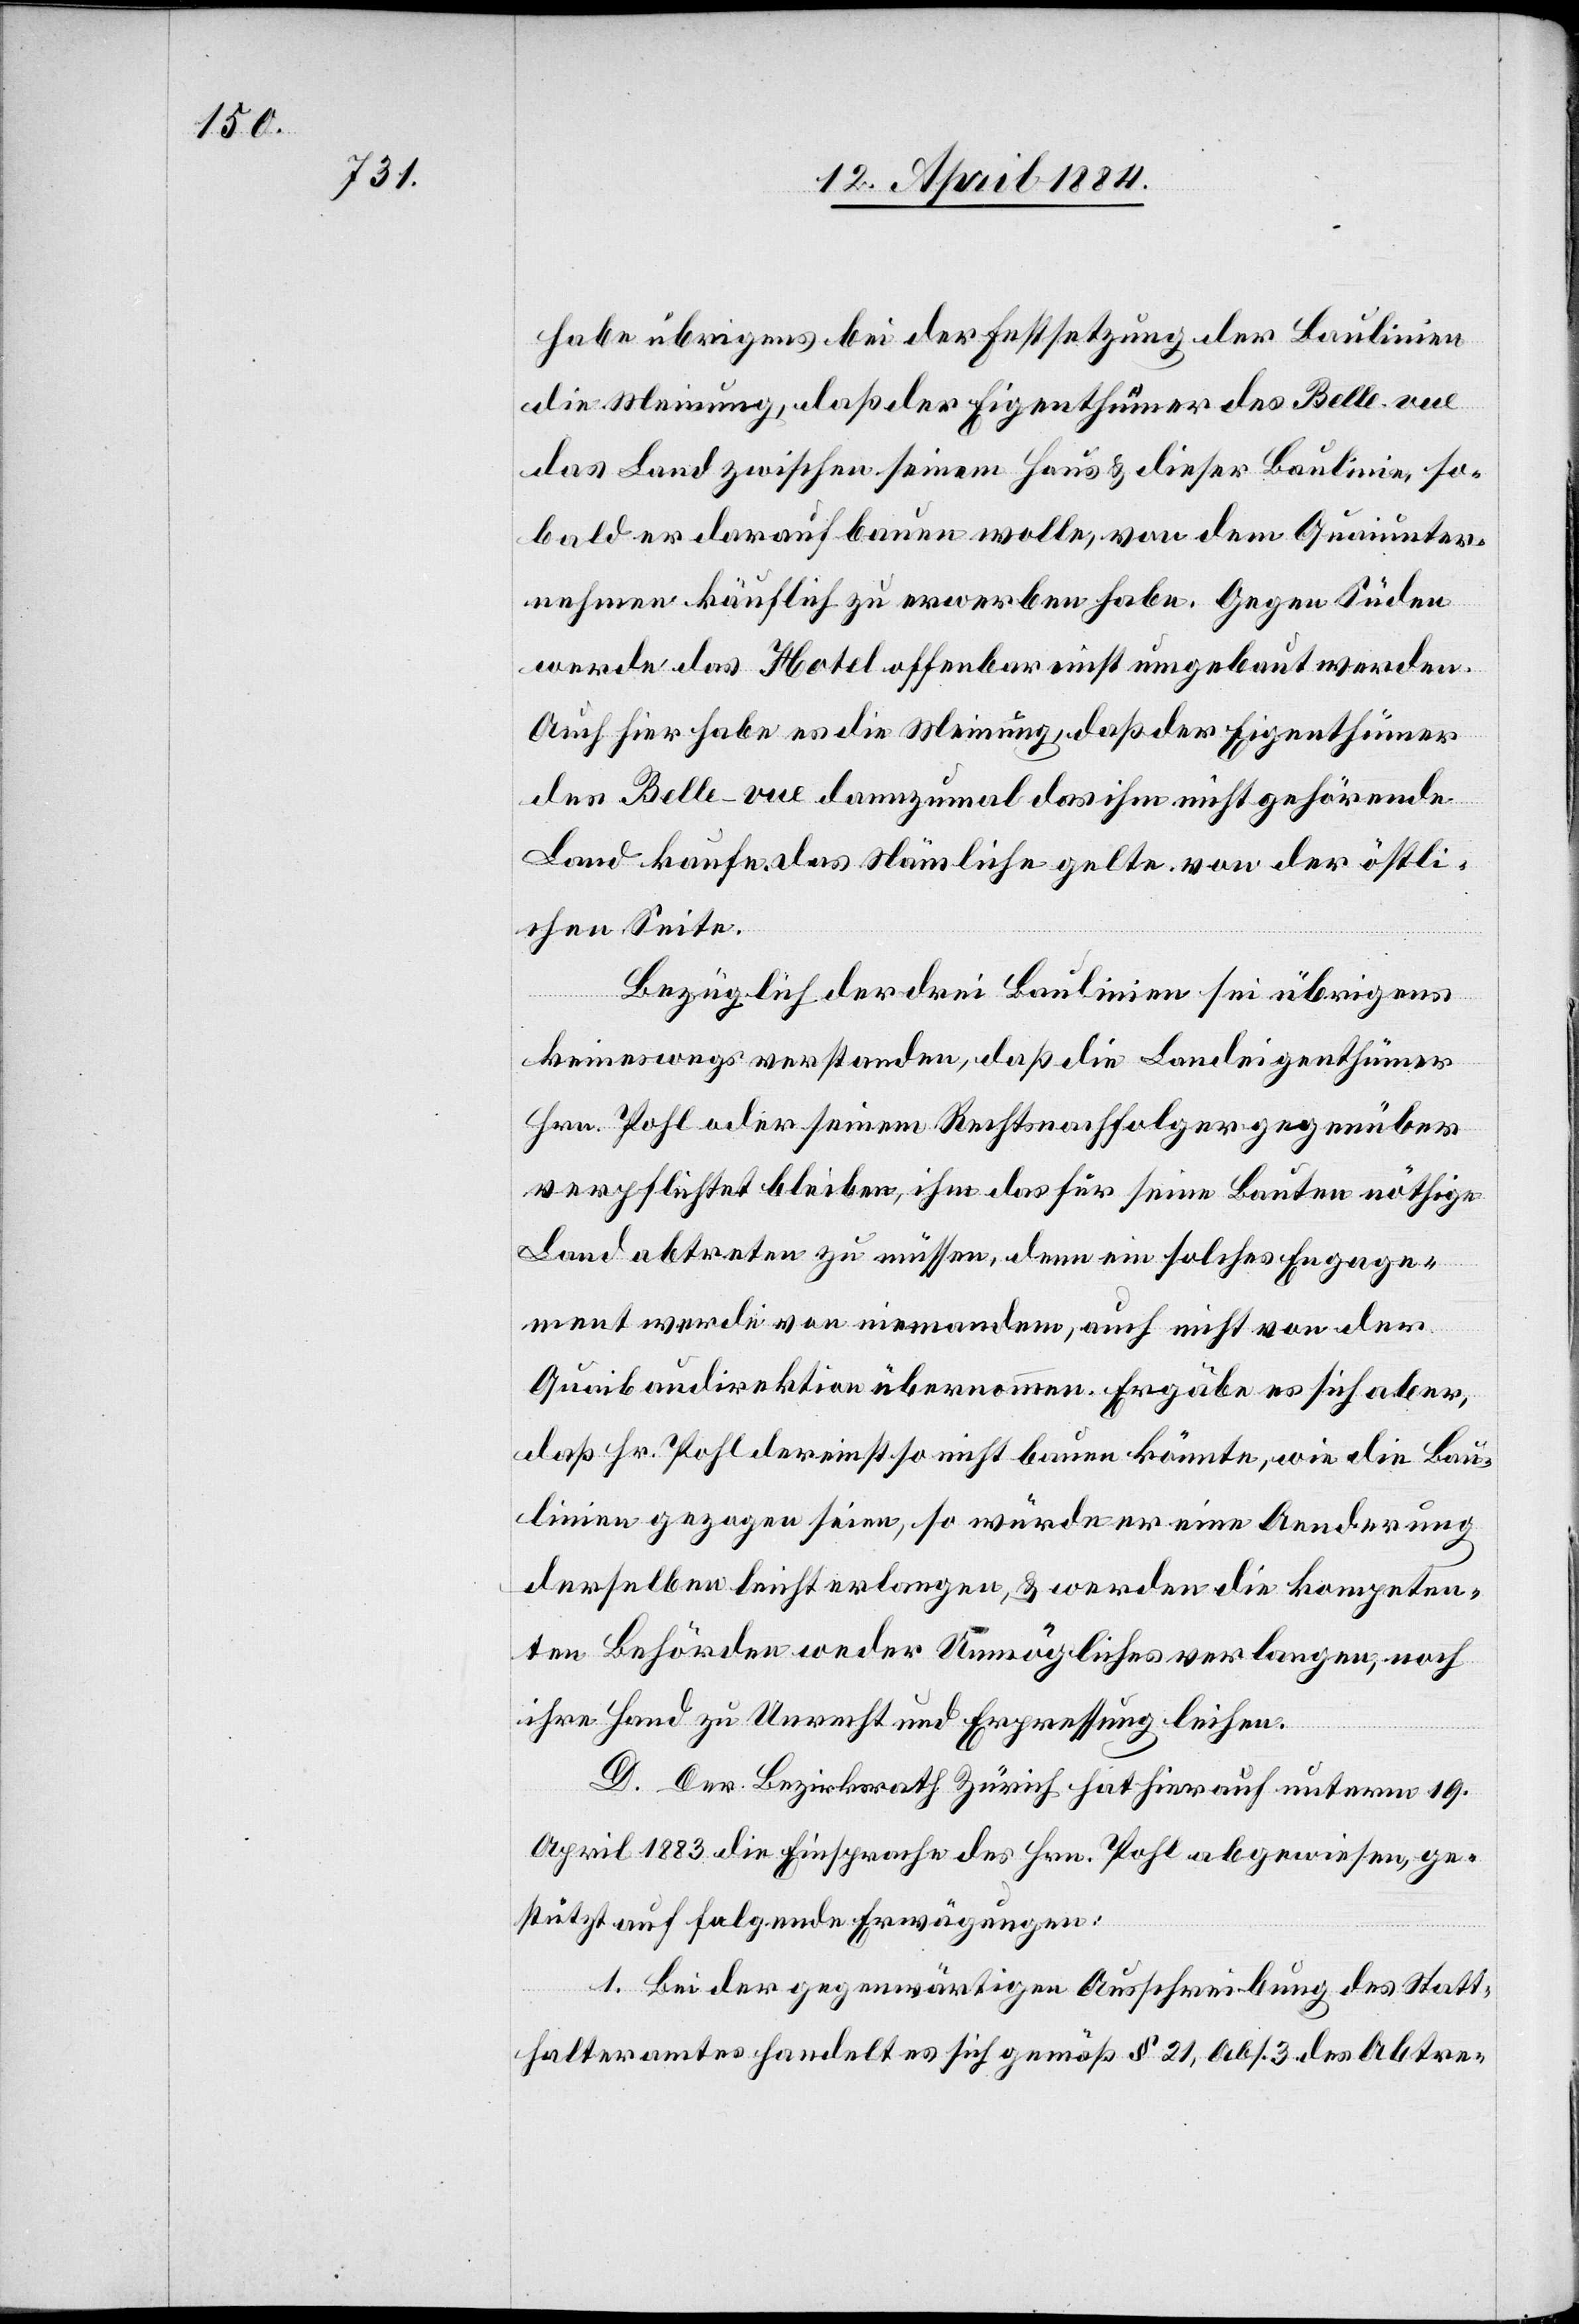
habe übrigens bei der Festsetzung der Baulinien
die Meinung, daß der Eigenthümer des Belle-vue
das Land zwischen seinem Haus & dieser Baulinie, so¬
bald er darauf bauen wolle, von dem Quaiunter¬
nehmen käuflich zu erwerben habe. Gegen Süden
werde das Hotel offenbar einst umgebaut werden.
Auch hier habe es die Meinung, daß der Eigenthümer
das Belle-vue dannzumal das ihm nicht gehörende
Land kaufe, das Nämliche gelte von der öffentli¬
chen Seite.
Bezüglich der drei Baulinien sei übrigens
keineswegs verstanden, daß die Landeigenthümer
Hrn. Pohl oder seinem Rechtsnachfolger gegenüber
verpflichtet bleiben, ihm das für seine Bauten nöthige
Land abtreten zu müssen, denn ein solches Engage¬
ment werde von niemandem, auch nicht von der
Quaibaudirektion übernommen. Ergäbe es sich aber,
daß Hr. Pohl dereinst so nicht bauen könnte, wie die Bau¬
linien gezogen seien, so würde er eine Aenderung
derselben leicht erlangen, & werden die kompeten¬
ten Behörden weder Unmögliches verlangen, noch
ihre Hand zu Unrecht und Erpressung leihen.
D. Der Bezirksrath Zürich hat hierauf unterm 19.
April 1883 die Einsprache des Hrn. Pohl abgewiesen, ge¬
stützt auf folgende Erwägungen:
1. Bei der gegenwärtigen Ausschreibung des Statt¬
halteramtes handelt es sich gemäß § 21, Abs. 3 des Abtre-